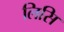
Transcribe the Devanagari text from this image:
लिसि